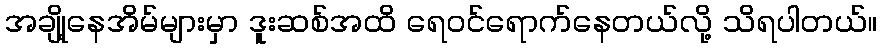
အချို့နေအိမ်များမှာ ဒူးဆစ်အထိ ရေဝင်ရောက်နေတယ်လို့ သိရပါတယ်။